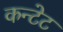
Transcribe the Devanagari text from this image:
कन्टेट